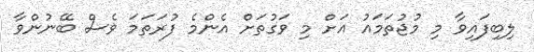
ލިބިފައިވާ މި މުޖުތަމައު އަށް މި ވަގުތަށް އެންމެ ފުރަތަމަ ވެސް ބޭނުންވާ